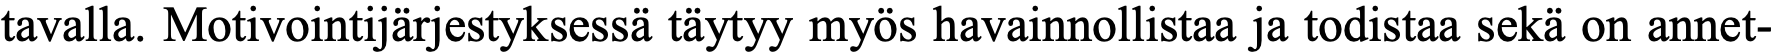
tavalla. Motivointijärjestyksessä täytyy myös havainnollistaa ja todistaa sekä on annet-